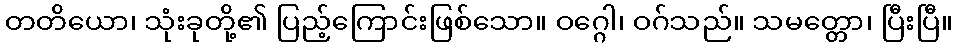
တတိယော၊ သုံးခုတို့၏ ပြည့်ကြောင်းဖြစ်သော။ ဝဂ္ဂေါ၊ ဝဂ်သည်။ သမတ္တော၊ ပြီးပြီ။